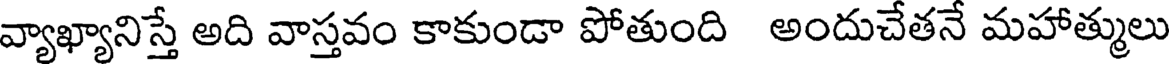
వ్యాఖ్యానిస్తే అది వాస్తవం కాకుండా పోతుంది అందుచేతనే మహాత్ములు